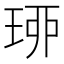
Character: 𤥗